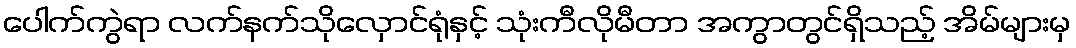
ပေါက်ကွဲရာ လက်နက်သိုလှောင်ရုံနှင့် သုံးကီလိုမီတာ အကွာတွင်ရှိသည့် အိမ်များမှ